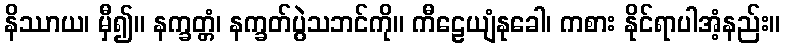
နိဿာယ၊ မှီ၍။ နက္ခတ္တံ၊ နက္ခတ်ပွဲသဘင်ကို။ ကီဠေယျံနုခေါ၊ ကစား နိုင်ရာပါအံ့နည်း။